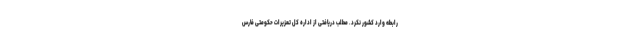
رابطه وارد کشور نکرد. مطلب دریافتی از اداره کل تعزیرات حکومتی فارس